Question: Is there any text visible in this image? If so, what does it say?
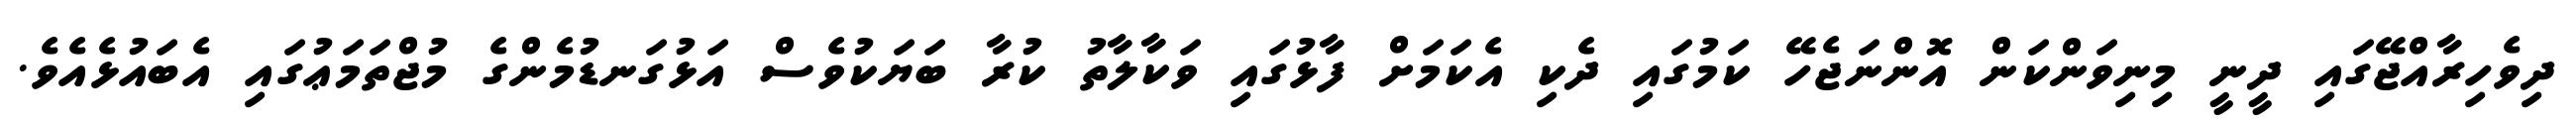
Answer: ދިވެހިރާއްޖޭގައި ދީނީ މިނިވަންކަން އޮންނަޖެހޭ ކަމުގައި ދެކި އެކަމަށް ފާޅުގައި ވަކާލާތު ކުރާ ބަޔަކުވެސް އަޅުގަނޑުމެންގެ މުޖްތަމަޢުގައި އެބައުޅެއެވެ.